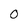
Character: 0